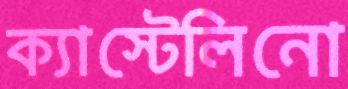
ক্যাস্টেলিনো